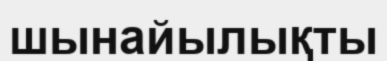
шынайылықты